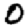
Digit: 0